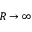
R \rightarrow \infty